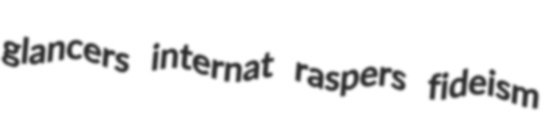
glancers internat raspers fideism